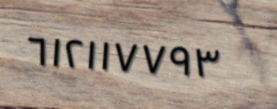
٦١٢١١٧٧٩٣